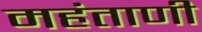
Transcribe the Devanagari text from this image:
महंताणी